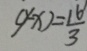
( y - x ) = \frac { 1 6 } { 3 }